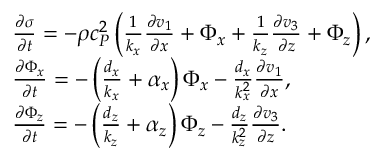
\begin{array} { r l } & { \frac { \partial \sigma } { \partial t } = - \rho c _ { P } ^ { 2 } \left( \frac { 1 } { k _ { x } } \frac { \partial v _ { 1 } } { \partial x } + \Phi _ { x } + \frac { 1 } { k _ { z } } \frac { \partial v _ { 3 } } { \partial z } + \Phi _ { z } \right) , } \\ & { \frac { \partial \Phi _ { x } } { \partial t } = - \left( \frac { d _ { x } } { k _ { x } } + \alpha _ { x } \right) \Phi _ { x } - \frac { d _ { x } } { k _ { x } ^ { 2 } } \frac { \partial v _ { 1 } } { \partial x } , } \\ & { \frac { \partial \Phi _ { z } } { \partial t } = - \left( \frac { d _ { z } } { k _ { z } } + \alpha _ { z } \right) \Phi _ { z } - \frac { d _ { z } } { k _ { z } ^ { 2 } } \frac { \partial v _ { 3 } } { \partial z } . } \end{array}